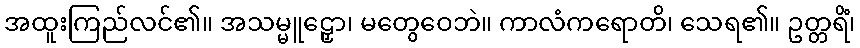
အထူးကြည်လင်၏။ အသမ္မူဠှော၊ မတွေဝေဘဲ။ ကာလံကရောတိ၊ သေရ၏။ ဥတ္တရိံ၊